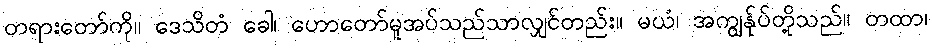
တရားတော်ကို။ ဒေသိတံ ခေါ၊ ဟောတော်မူအပ်သည်သာလျှင်တည်း။ မယံ၊ အကျွန်ုပ်တို့သည်။ တထာ၊